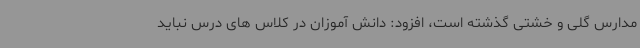
مدارس گلی و خشتی گذشته است، افزود: دانش آموزان در کلاس های درس نباید